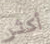
أكثر